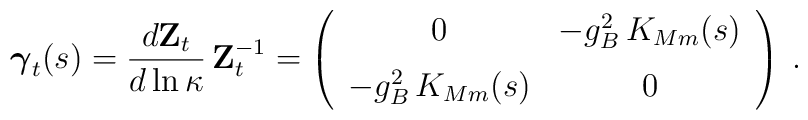
\mbox{\boldmath $\gamma$}_t(s) =\frac{d {\mathbf Z}_{t}}{d \ln\kappa} \, {\mathbf Z}_{t}^{-1} = \left( \begin{array}{cc}0 & -g_B^2\, K_{Mm}(s)\\[2mm]-g_B^2\, K_{Mm}(s) & 0\end{array} \right) \:.